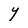
Character: Y